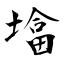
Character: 墖